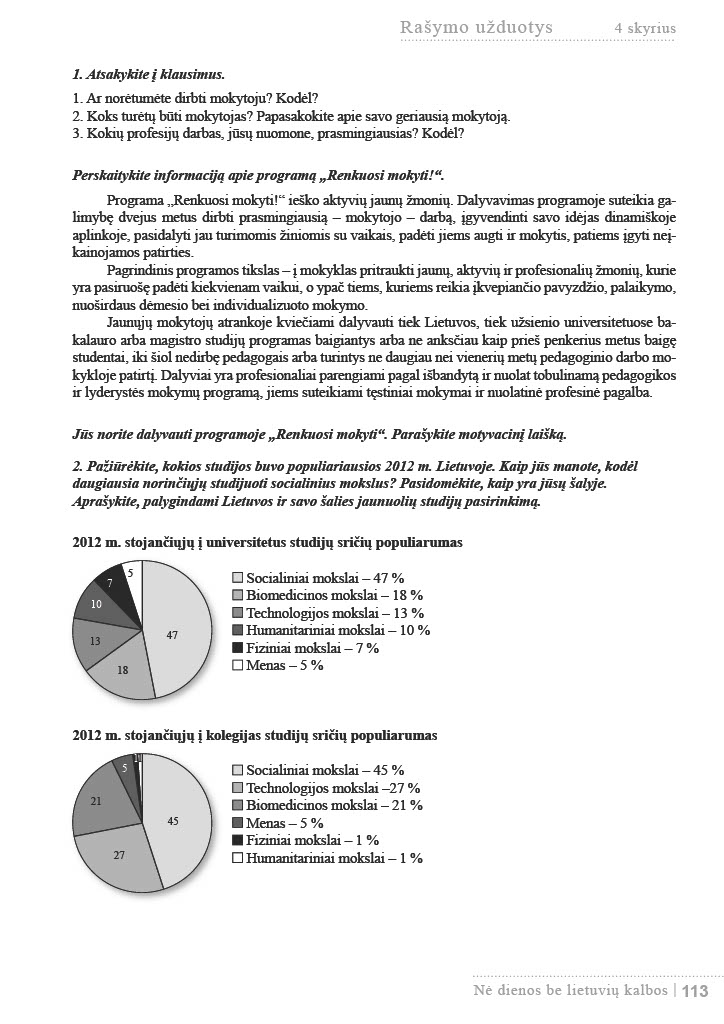
Language: lt